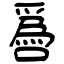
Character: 噕